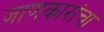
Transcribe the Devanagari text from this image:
जाणकारांचा